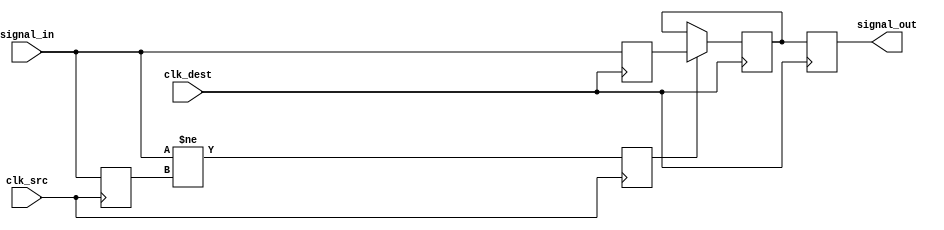
module PulsedSynchronizer #(
    parameter WIDTH = 1     // Width of the input signal
) (
    input wire clk_src,        // Source clock
    input wire clk_dest,       // Destination clock
    input wire [WIDTH-1:0] signal_in,  // Input signal from source clock domain
    output reg [WIDTH-1:0] signal_out  // Synchronized output signal
);

    reg [WIDTH-1:0] sync_reg1; // First stage of synchronization
    reg [WIDTH-1:0] sync_reg2; // Second stage of synchronization
    reg pulse;                 // Pulse signal to indicate change

    // Pulse Generator
    reg [WIDTH-1:0] signal_in_prev; // Previous state of the input signal

    always @(posedge clk_src) begin
        signal_in_prev <= signal_in; // Capture the previous state in the source clock domain
        pulse <= (signal_in != signal_in_prev); // Generate pulse on change of input
    end

    // Sampling on the destination clock
    always @(posedge clk_dest) begin
        // First stage sampling
        sync_reg1 <= signal_in; // Sample input signal to first register
        // Generate the pulse to capture the input signal
        if (pulse) begin
            sync_reg2 <= sync_reg1; // Transfer from first stage to second stage upon a pulse
        end
    end

    // Second stage output
    always @(posedge clk_dest) begin
        signal_out <= sync_reg2; // Update the output with the second stage register
    end

endmodule